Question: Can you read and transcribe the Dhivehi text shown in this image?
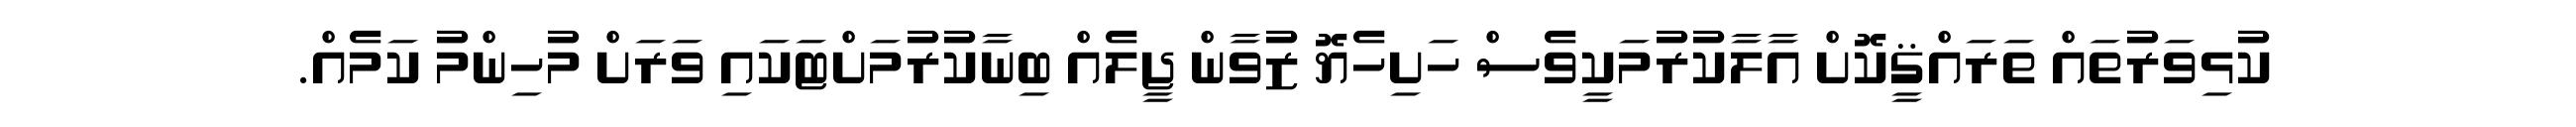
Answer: ކުޅިވަރުތައް ތަރައްޤީކޮށް އާލާކުރުމަކީވެސް ހަށިހެޔޮ ޒުވާން ޖީލެއް ބިނާކުރުމަށްޓަކައި ވަރަށް މުހިންމު ކަމެއް.